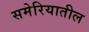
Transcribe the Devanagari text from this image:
समेरियातील